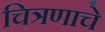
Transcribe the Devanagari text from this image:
चित्रणाचे